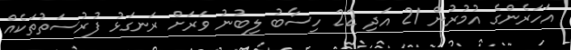
އަހަރެންގެ އުމުރުން 21 އަދި 22 ހިސާބު ލިބުނު ވަރަށް ރަނގަޅު ފުރުސަތުތަކެއް